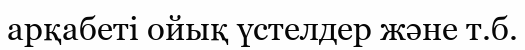
арқабеті ойық үстелдер және т.б.